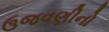
ઉજવણીનો